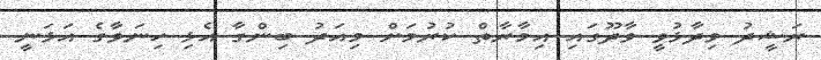
ރަޝީދު ވިދާޅުވީ ވާދޫގައި އިމާރާތް ކުރުމަށް މިއަދު ބިންގާ އެޅި ހިނަވާގެ އަޅަނީ